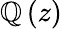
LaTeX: \mathbb{Q}\left(z\right)